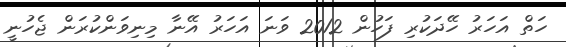
ހަތް އަހަރު ހޭދަކުރި ފަހުން 2012 ވަނަ އަހަރު އޭނާ މިނިވަންކުރަން ޖެހުނީ